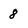
Character: 8